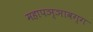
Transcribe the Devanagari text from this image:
महापञ्ञावग्ग